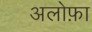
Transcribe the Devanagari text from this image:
अलोफ़ा